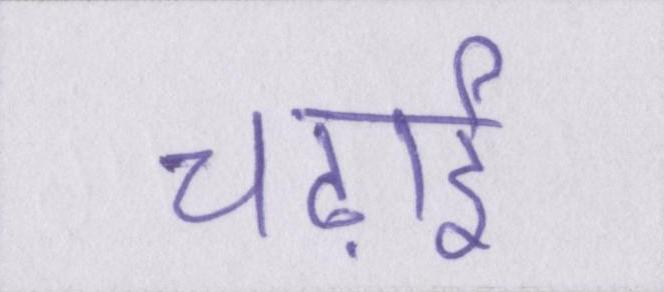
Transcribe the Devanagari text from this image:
चढ़ाई